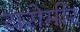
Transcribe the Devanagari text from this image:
यरोमीर